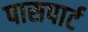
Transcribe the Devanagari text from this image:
पासपार्ट